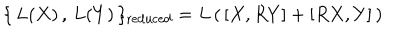
LaTeX: \{ \, L ( X ) \, , \, L ( Y ) \, \} _ { \mathrm { r e d u c e d } } = L \, ( \, [ X , R Y ] + [ R X , Y ] \, )